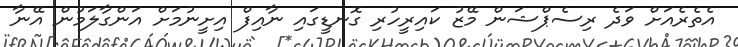
އެތެރެއަށް ވަދެ ރިސެޕްޝަން މޭޒު ކައިރީހުރި ގޮނޑީގައި ނާއިފް އިށީނުމަށް އަންގާލަމުން އޭނާ